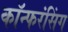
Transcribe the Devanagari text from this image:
कॉन्फरंसिंग